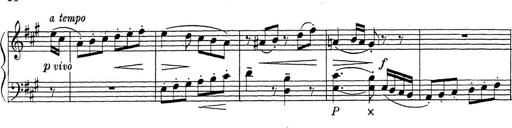
Title: ÄŒeskÃ© Sonatiny
Composer: Various